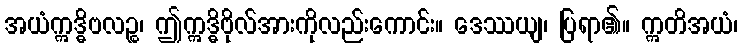
အယံဣဒ္ဓိဗလဉ္စ၊ ဤဣဒ္ဓိဗိုလ်အားကိုလည်းကောင်း။ ဒေဿယျ၊ ပြရာ၏။ ဣတိအယံ၊